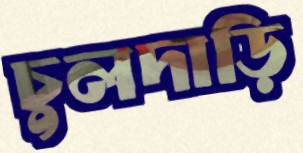
চুলদাড়ি